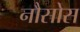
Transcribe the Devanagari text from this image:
नौसोस